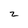
Character: z